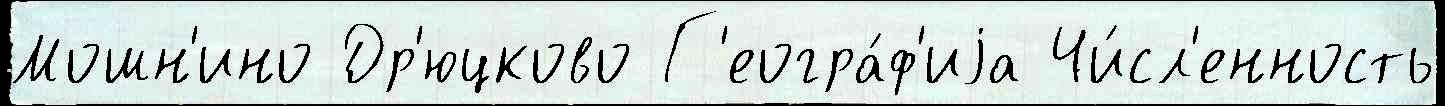
Мошн'ино Др'юцково Г'еогра́ф'иjа Чи́сл'енность